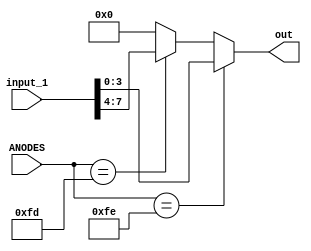
`timescale 1ns / 1ps

module decoder(ANODES, input_1, out);
    
    input  [7:0] ANODES;
    input  [7:0] input_1;
    output reg [3:0] out;


always@(*)
begin
           out    = (ANODES == 8'b11111110) ? input_1[3:0]:
                    (ANODES == 8'b11111101) ? input_1[7:4]:
                    4'b0000;
end
endmodule